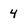
Character: 4